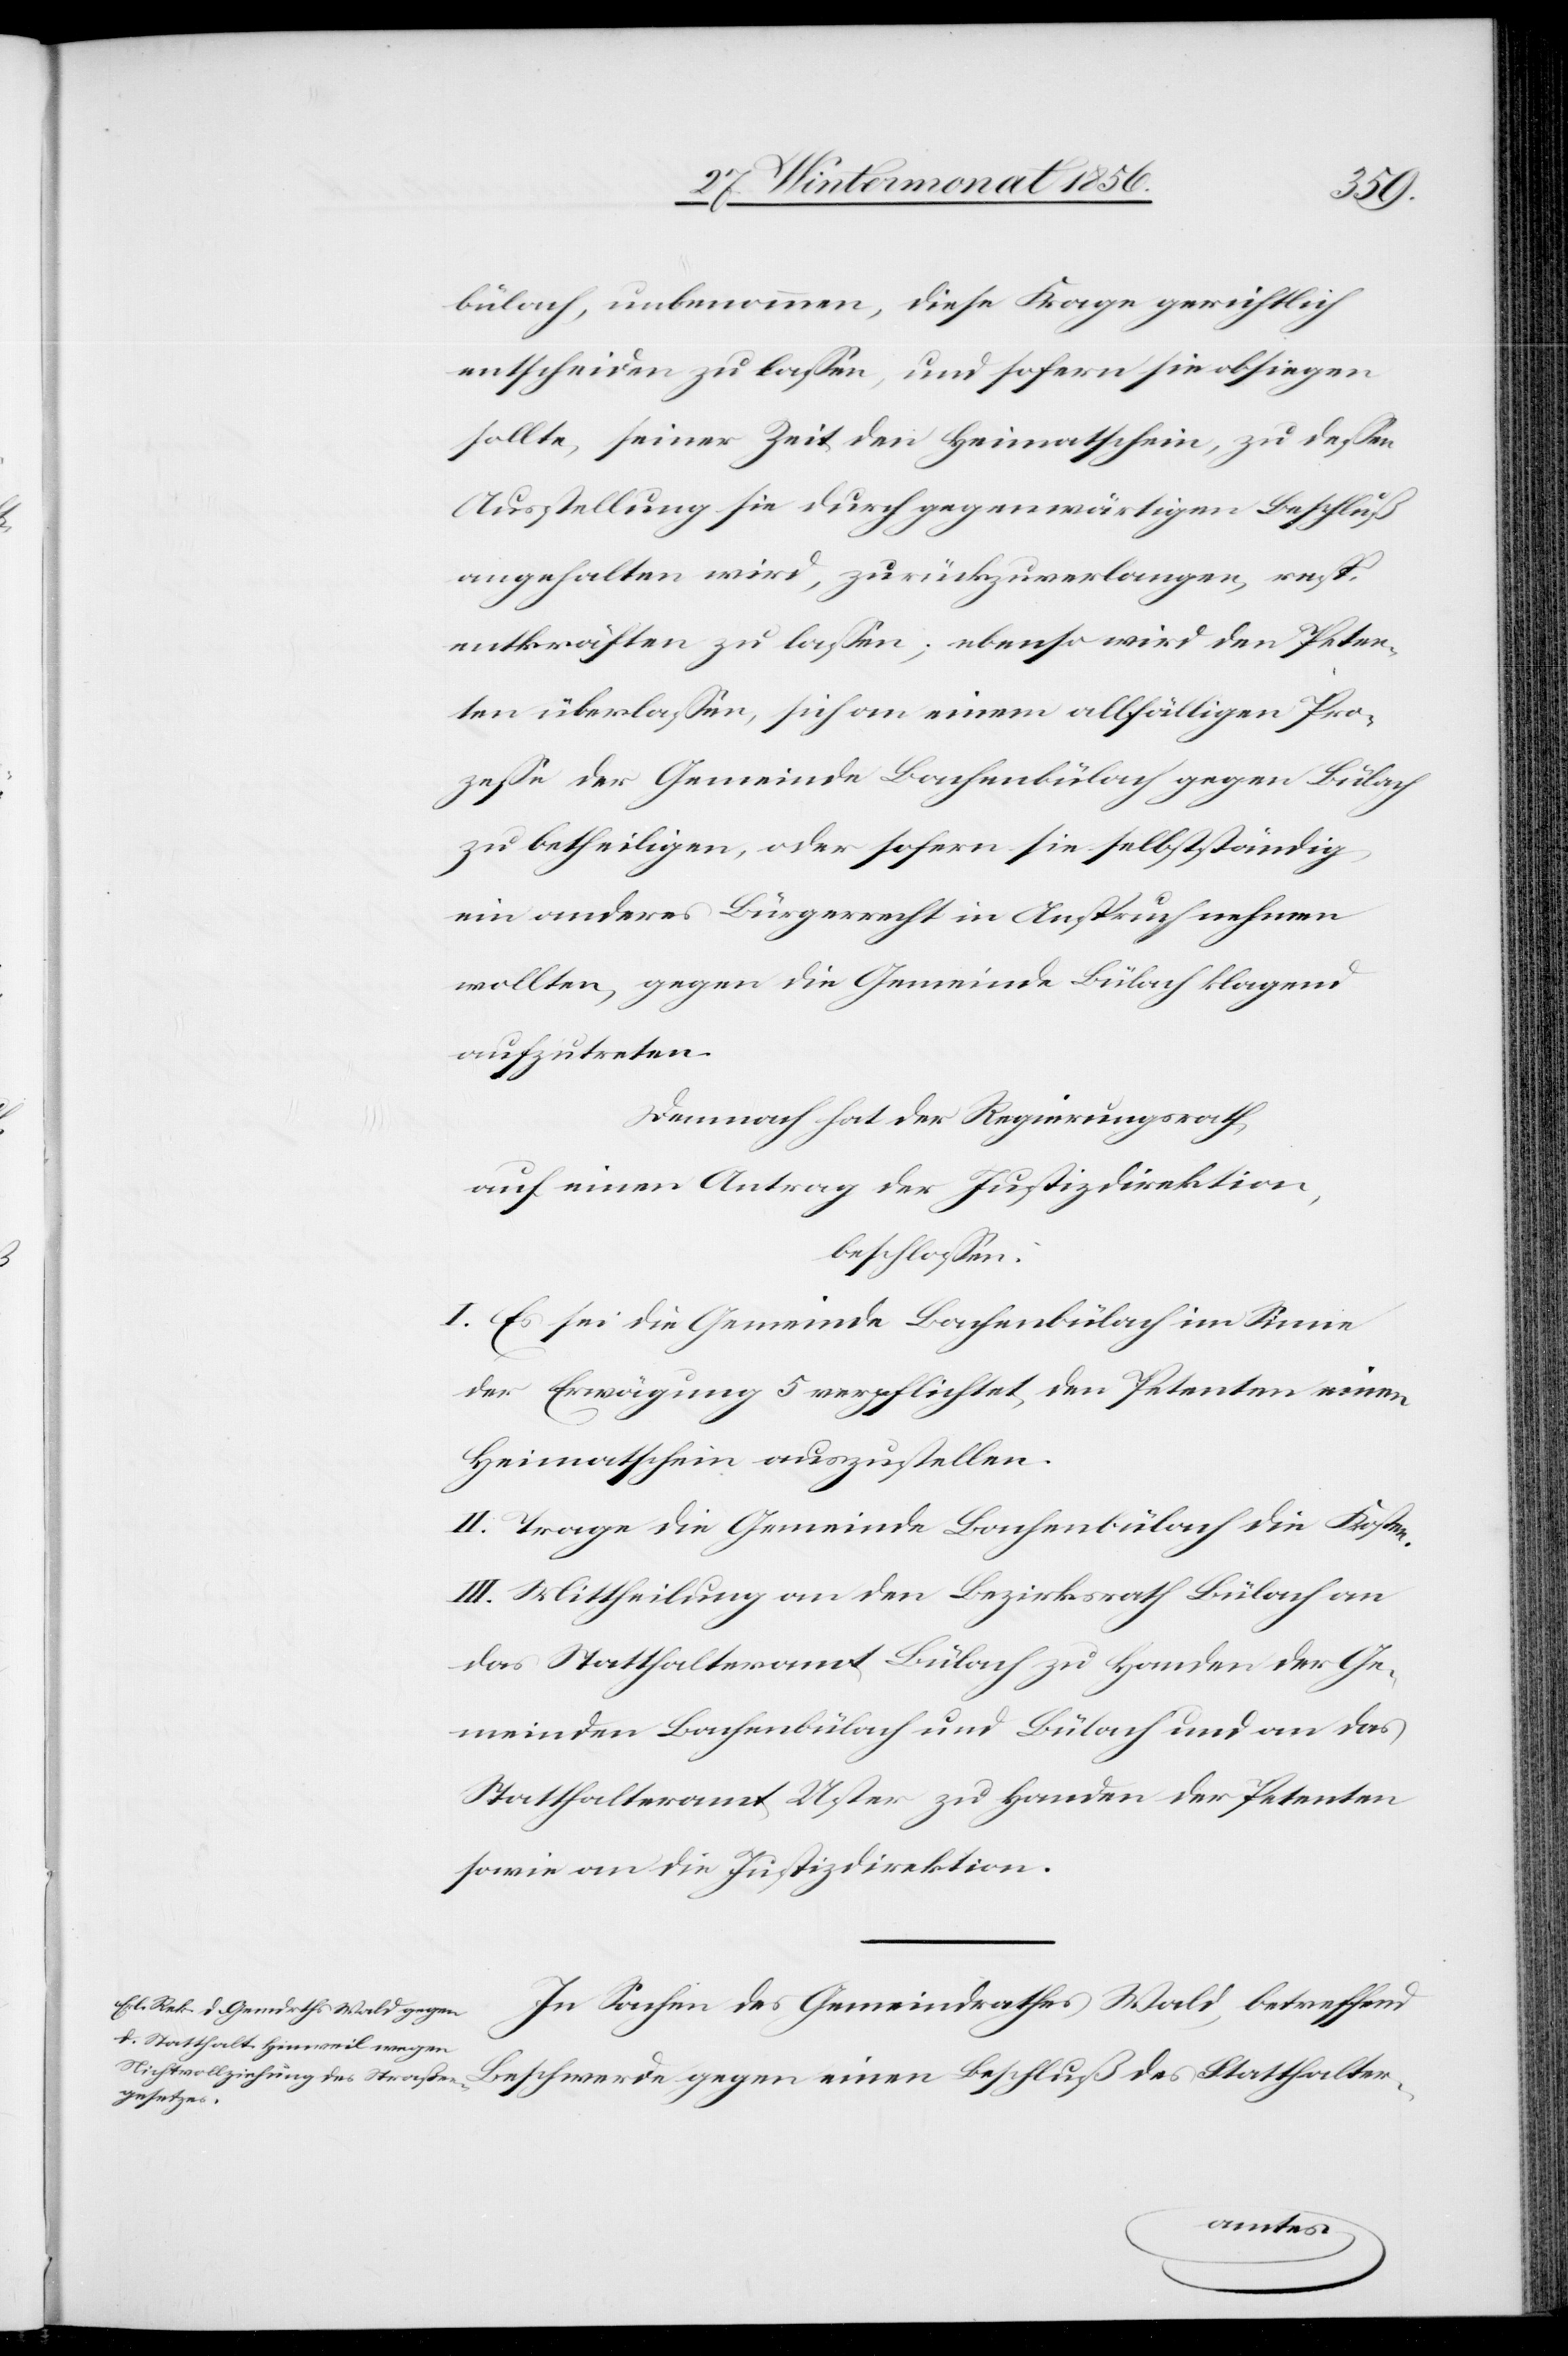
bülach, unbenommen, diese Frage gerichtlich
entscheiden zu lassen, und sofern sie obsiegen
sollte, seiner Zeit den Heimatschein, zu dessen
Ausstellung sie durch gegenwärtigen Beschluß
angehalten wird, zurückzuverlangen, resp.
entkräften zu lassen; ebenso wird den Peten¬
ten überlassen, sich an einem allfälligen Pro¬
zesse der Gemeinde Bachenbülach gegen Bülach
zu betheiligen, oder sofern sie selbstständig
ein anderes Bürgerrecht in Anspruch nehmen
wollten, gegen die Gemeinde Bülach klagend
aufzutreten.
Demnach hat der Regierungsrath,
auf einen Antrag der Justizdirektion,
beschlossen:
I. Es sei die Gemeinde Bachenbülach im Sinne
der Erwägung 5 verpflichtet, den Petenten einen
Heimatschein auszustellen.
II. Trage die Gemeinde Bachenbülach die Kosten.
III. Mittheilung an den Bezirksrath Bülach[,] an
das Statthalteramt Bülach zu Handen der Ge¬
meinden Bachenbülach und Bülach und an das
Statthalteramt Uster zu Handen der Petenten
sowie an die Justizdirektion.
In Sachen des Gemeindrathes Wald, betreffend